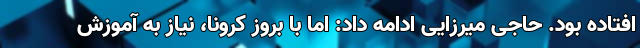
افتاده بود. حاجی میرزایی ادامه داد: اما با بروز کرونا، نیاز به آموزش